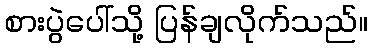
စားပွဲပေါ်သို့ ပြန်ချလိုက်သည်။